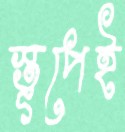
স্তূপেই